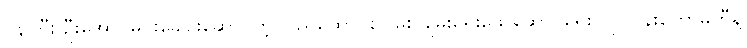
၀န်ကြီး ဦးအောင်မင်းခေါင်းဆောင်တဲ့ ပြည်ထောင်စုငြိမ်း ချမ်းရေးဖော်ဆောင်ရေး လုပ်ငန်းကော်မတီနဲ့